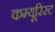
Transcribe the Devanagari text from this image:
कम्यूरिस्ट